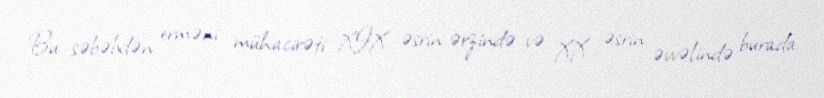
Bu səbəbdən erməni mühacirəti XIX əsrin ərzində və XX əsrin əvvəlində burada